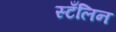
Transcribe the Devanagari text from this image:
स्टँलिन